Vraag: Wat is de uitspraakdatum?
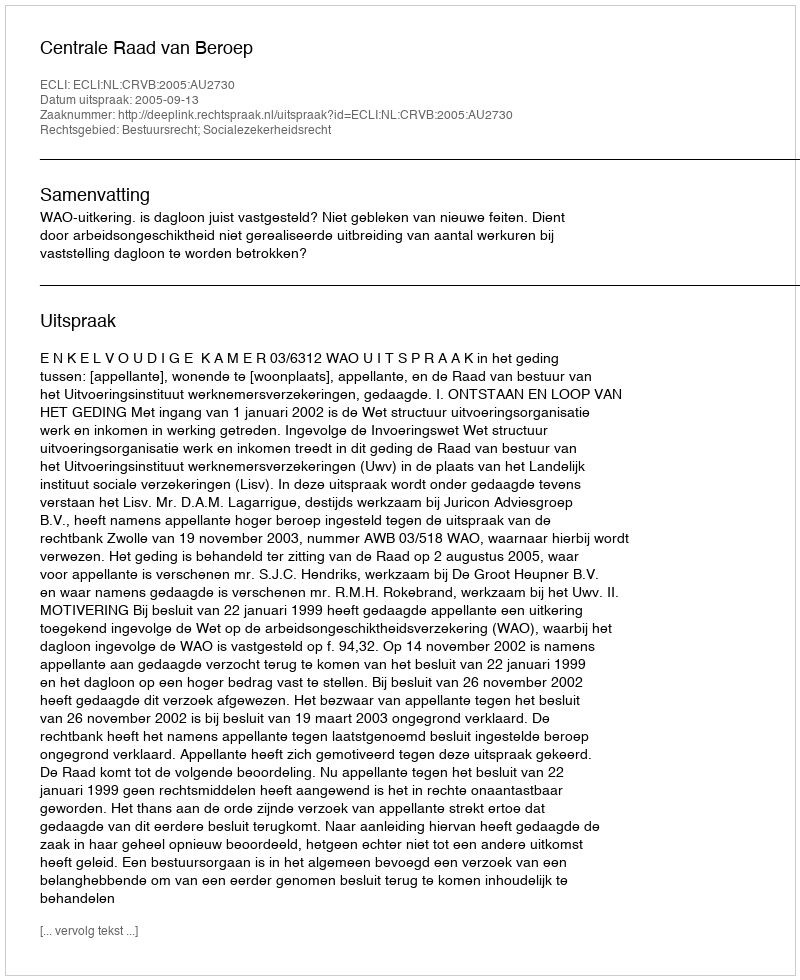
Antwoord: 2005-09-13